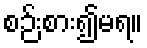
စဉ်းစား၍မရ။